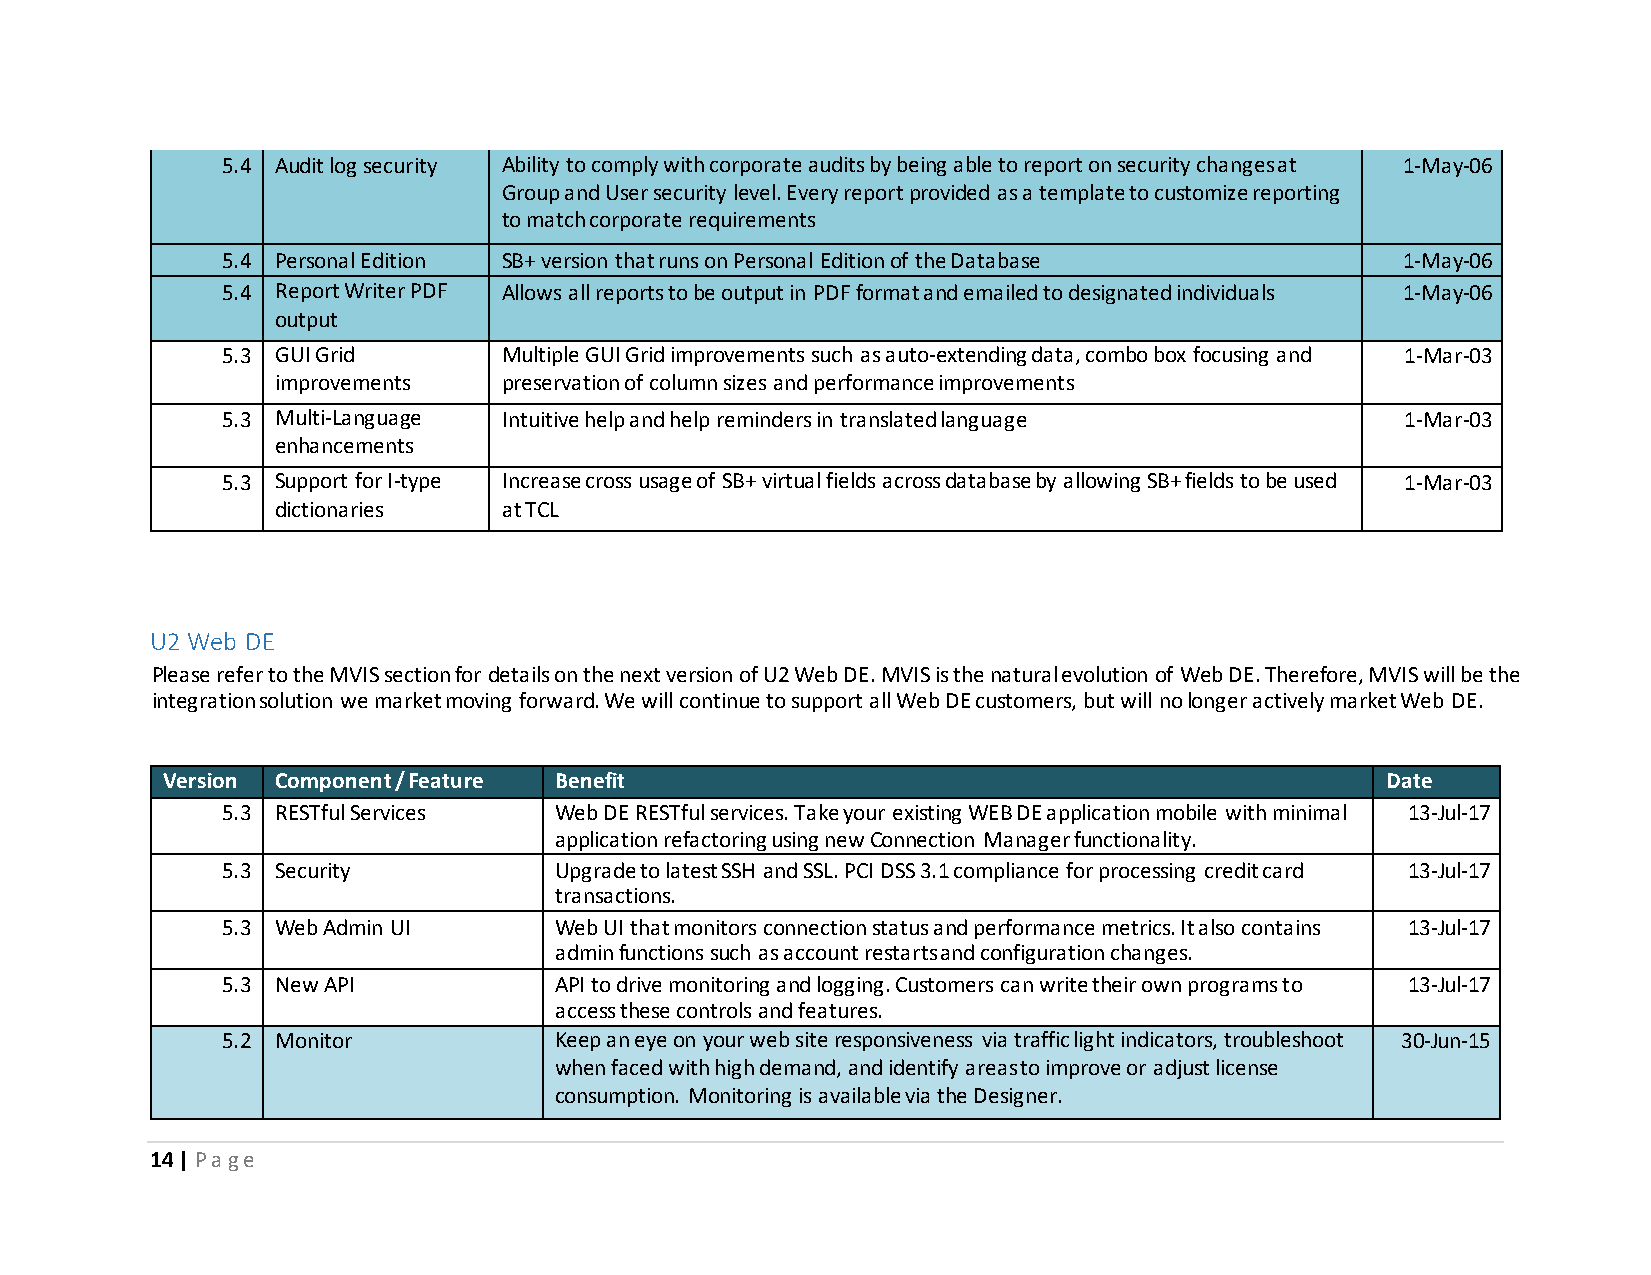
5.4 Audit log security Ability to comply with corporate audits by being able to report on security changes at 1-May-06
 Group and User security level. Every report provided as a template to customize reporting
 to match corporate requirements
 5.4 Personal Edition SB+ version that runs on Personal Edition of the Database 1-May-06
 5.4 Report Writer PDF Allows all reports to be output in PDF format and emailed to designated individuals 1-May-06
 output
 5.3 GUI Grid      Multiple GUI Grid improvements such as auto-extending data, combo box focusing and 1-Mar-03
 improvements   preservation of column sizes and performance improvements
 5.3 Multi-Language Intuitive help and help reminders in translated language   1-Mar-03
 enhancements
 5.3 Support for I-type Increase cross usage of SB+ virtual fields across database by allowing SB+ fields to be used 1-Mar-03
 dictionaries   at TCL
 U2 Web DE
 Please refer to the MVIS section for details on the next version of U2 Web DE. MVIS is the natural evolution of Web DE. Therefore, MVIS will be the
 integration solution we market moving forward. We will continue to support all Web DE customers, but will no longer actively market Web DE.
 Version Component / Feature Benefit                                              Date
 5.3 RESTful Services  Web DE RESTful services. Take your existing WEB DE application mobile with minimal 13-Jul-17
 application refactoring using new Connection Manager functionality.
 5.3 Security          Upgrade to latest SSH and SSL. PCI DSS 3.1 compliance for processing credit card 13-Jul-17
 transactions.
 5.3 Web Admin UI      Web UI that monitors connection status and performance metrics. It also contains 13-Jul-17
 admin functions such as account restarts and configuration changes.
 5.3 New API           API to drive monitoring and logging. Customers can write their own programs to 13-Jul-17
 access these controls and features.
 5.2 Monitor           Keep an eye on your web site responsiveness via traffic light indicators, troubleshoot 30-Jun-15
 when faced with high demand, and identify areas to improve or adjust license
 consumption. Monitoring is available via the Designer.
 14 | P a g e